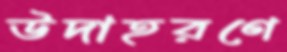
উদাহরণে